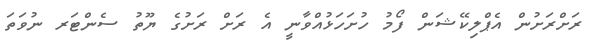
ރަށްރަށުން އެޕްލިކޭޝަން ފޯމު ހުށަހަޅުއްވާނީ އެ ރަށް ރަށުގެ ޔޫތު ސެންޓަރ ނުވަތަ